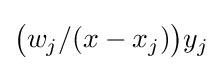
{\bigl (}w_{j}/(x-x_{j}){\bigr )}y_{j}